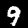
Label: 9